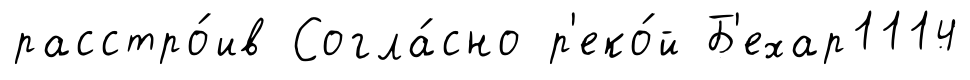
расстро́ив Согла́сно р'еко́й Б'ехар1114